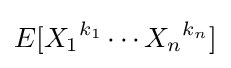
E[{X_{1}}^{k_{1}}\cdots {X_{n}}^{k_{n}}]